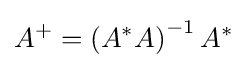
A^{+}=\left(A^{*}A\right)^{-1}A^{*}